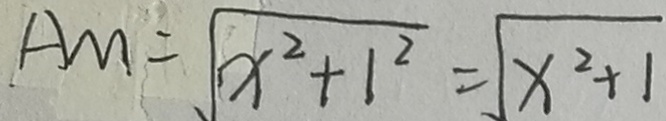
A M = \sqrt { x ^ { 2 } + 1 ^ { 2 } } = \sqrt { x ^ { 2 } + 1 }